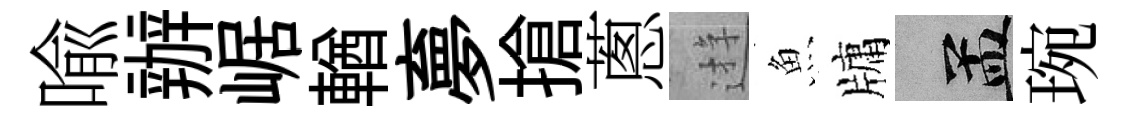
喩辦崌輶夣搶蔥逰魚牗汴琬